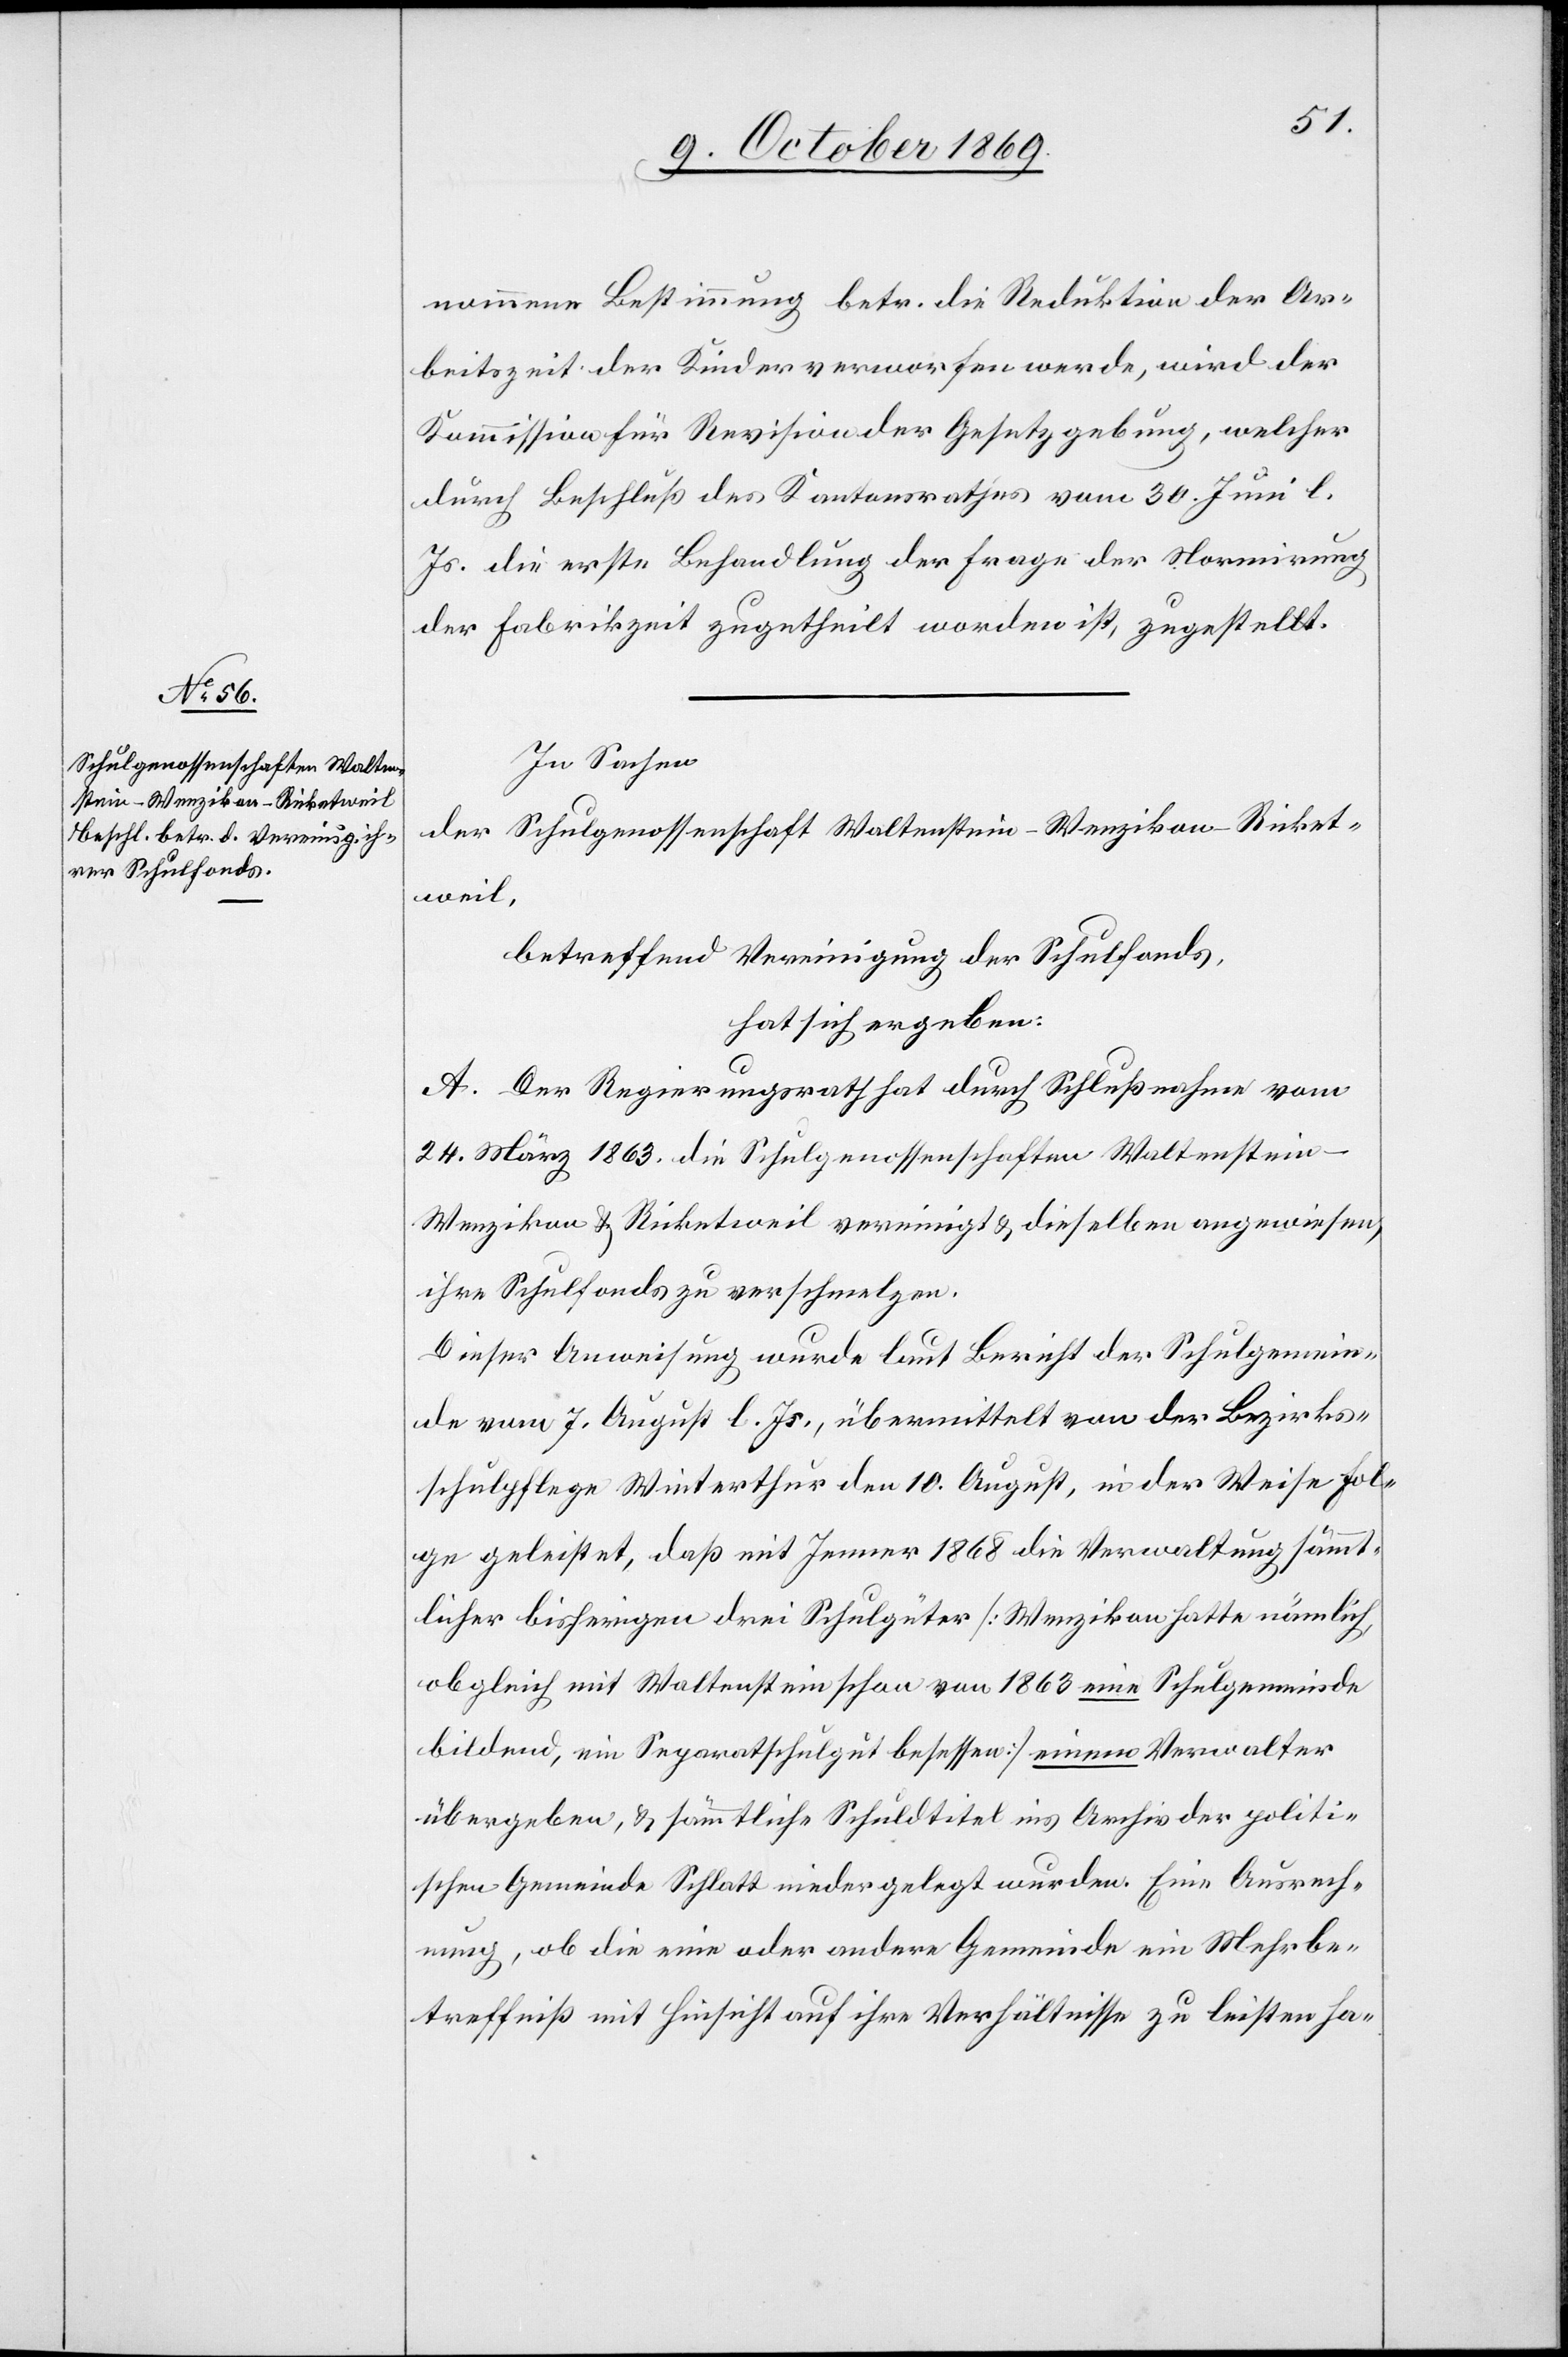
nommene Bestimmung betr. die Reduktion der Ar¬
beitszeit der Kinder verworfen werde, wird der
Kommission für Revision der Gesetzgebung, welcher
durch Beschluß des Kantonsrathes vom 30. Juni l.
Js. die erste Behandlung der Frage der Normirung
der Fabrikzeit zugetheilt worden ist, zugestellt.
In Sachen
der Schulgenossenschaft Waltenstein – Wenzikon – Ricket¬
weil,
betreffend Vereinigung der Schulfonds,
hat sich ergeben:
A. Der Regierungsrath hat durch Schlußnahme vom
24. März 1863. die Schulgenossenschaften Waltenstein –
Wenzikon & Ricketweil vereinigt & dieselben angewiesen,
ihre Schulfonds zu verschmelzen.
Dieser Anweisung wurde laut Bericht der Schulgemein¬
de vom 7. August l. Js., übermittelt von der Bezirks¬
schulpflege Winterthur den 10. August, in der Weise Fol¬
ge geleistet, daß mit Jenner 1868 die Verwaltung sämmt¬
licher bisherigen drei Schulgüter [Wenzikon hatte nämlich,
obgleich mit Waltenstein schon von 1863 eine Schulgemeinde
bildend, ein Separatschulgut besessen] einem Verwalter
übergeben, & sämmtliche Schuldtitel ins Archiv der politi¬
schen Gemeinde Schlatt niedergelegt wurden. Eine Ausrech¬
nung, ob die eine oder andere Gemeinde ein Mehrbe¬
treffniß mit Hinsicht auf ihre Verhältnisse zu leisten ha-